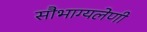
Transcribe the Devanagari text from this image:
सौभाग्यलेणी